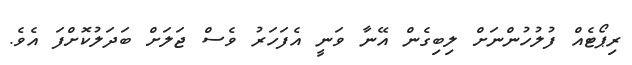
ރިޕޯޓެއް ފުލުހުންނަށް ލިބިގެން އޭނާ ވަނީ އެފަހަރު ވެސް ޖަލަށް ބަދަލުކޮށްފަ އެވެ.